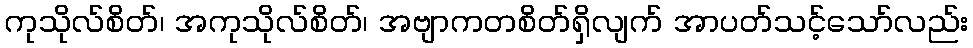
ကုသိုလ်စိတ်၊ အကုသိုလ်စိတ်၊ အဗျာကတစိတ်ရှိလျက် အာပတ်သင့်သော်လည်း